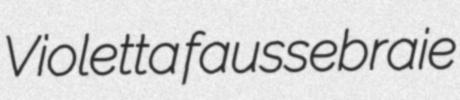
Violetta faussebraie